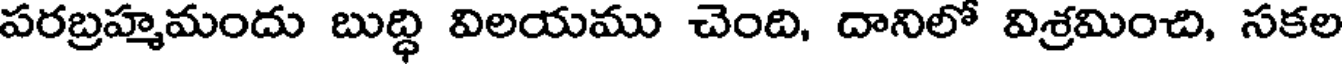
పరబ్రహ్మమందు బుద్ధి విలయము చెంది, దానిలో విశ్రమించి, సకల